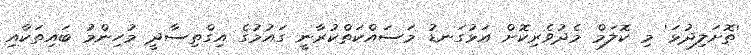
'ތޮށަލިދުޅަ' މި ކޮލަމް މެދުވެރިކޮށް އަޅުގަނޑު މަސައްކަތްކުރާނީ ގައުމުގެ އިގްތިސާދީ މުހިންމު ބައިތަކާއި